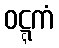
ဝဋ္ဋကံ